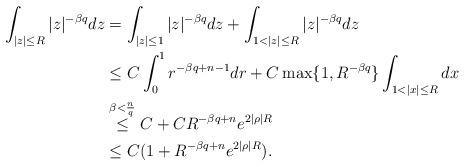
LaTeX: \begin{align*} \int_{|z|\leq R}|z|^{-\beta q}dz&=\int_{|z|\leq 1}|z|^{-\beta q}dz+\int_{1<|z|\leq R}|z|^{-\beta q}dz\\& \leq C \int_{0}^{1}r^{-\beta q+n-1}dr+C\max\{1,R^{-\beta q}\}\int_{1<|x|\leq R}dx\\& \stackrel{\beta<\frac{n}{q}} \leq C+CR^{-\beta q+n}e^{2|\rho|R}\\& \leq C(1+R^{-\beta q+n}e^{2|\rho|R}). \end{align*}